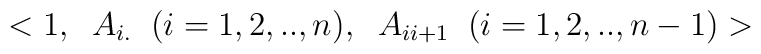
<1, \;\; A_{i.} \;\; (i=1,2,..,n), \;\; A_{ii+1}  \;\; (i=1,2,..,n-1)>